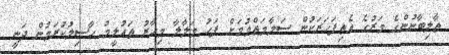
ތާލިބާނުންގެ މަރުގެ އެތިފަހަރަކުން ސަލާމަތްވުމަށް ފަހު މަލާލާ މިހާރު ތައުލީމު ހާސިލުކުރަމުން ދަނީ